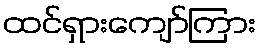
ထင်ရှားကျော်ကြား